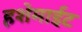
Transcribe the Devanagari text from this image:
हशेमाईट